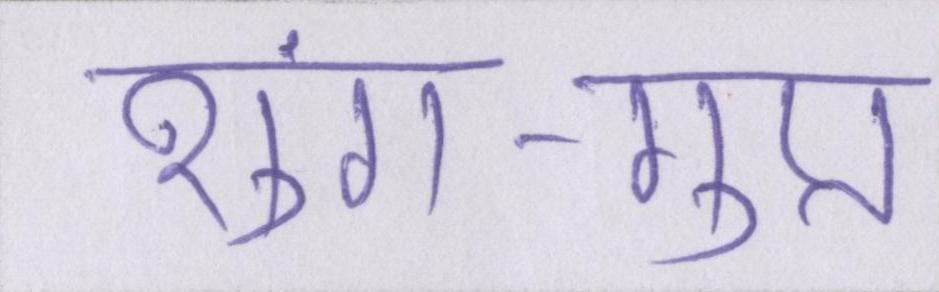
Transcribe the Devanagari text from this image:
शुंग-गुप्त